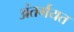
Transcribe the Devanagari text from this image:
अंतर्गयत